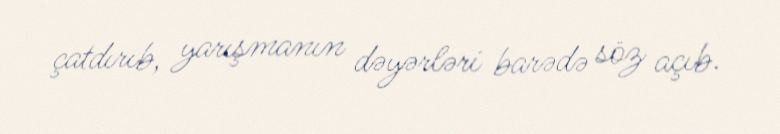
çatdırıb, yarışmanın dəyərləri barədə söz açıb.